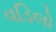
વડિલો